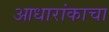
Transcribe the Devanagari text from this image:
आधारांकाचा